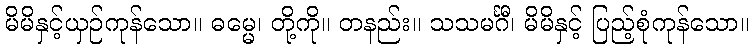
မိမိနှင့်ယှဉ်ကုန်သော။ ဓမ္မေ၊ တို့ကို။ တနည်း။ သသမင်္ဂီ၊ မိမိနှင့် ပြည့်စုံကုန်သော။